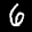
Label: 6